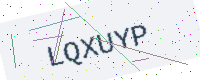
Text: LQXUYP